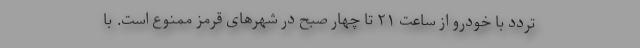
تردد با خودرو از ساعت ۲۱ تا چهار صبح در شهرهای قرمز ممنوع است. با